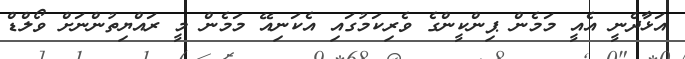
އަޅާދެނީ އެއީ މަމެން ޕިންކީންގެ ވެރިކަމުގައި އެކަނިއޭ މަމެން މީ ރައްޔިތުންނަށް ވޯލްޑް